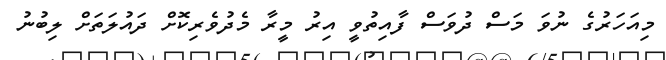
މިއަހަރުގެ ނުވަ މަސް ދުވަސް ފާއިތުވީ އިރު މީރާ މެދުވެރިކޮށް ދައުލަތަށް ލިބުނު